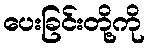
ပေးခြင်းတို့ကို